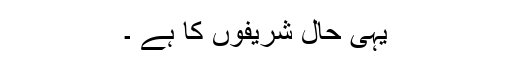
یہی حال شریفوں کا ہے ۔